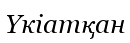
Үкіатқан